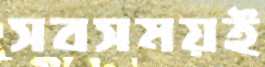
সবসময়ই